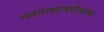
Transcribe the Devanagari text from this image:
नवनाथांबरोबरच